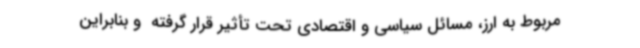
مربوط به ارز، مسائل سیاسی و اقتصادی تحت تأثیر قرار گرفته ‌ و بنابراین